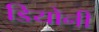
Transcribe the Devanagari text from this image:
डियोनी